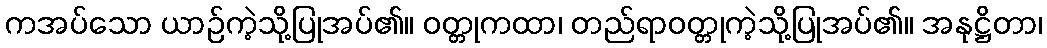
ကအပ်သော ယာဉ်ကဲ့သို့ပြုအပ်၏။ ဝတ္တုကထာ၊ တည်ရာဝတ္တုကဲ့သို့ပြုအပ်၏။ အနုဋ္ဌိတာ၊